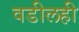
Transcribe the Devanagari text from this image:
वडीलही